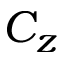
C _ { z }